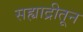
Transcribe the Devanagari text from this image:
सह्याद्रीतून